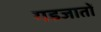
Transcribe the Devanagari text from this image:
गडजातों